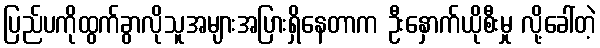
ပြည်ပကိုထွက်ခွာလိုသူအများအပြားရှိနေတာက ဦးနှောက်ယိုစီးမှု လို့ခေါ်တဲ့